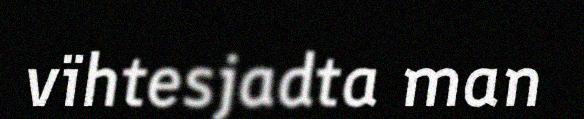
vïhtesjadta man